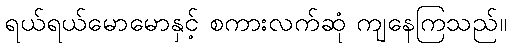
ရယ်ရယ်မောမောနှင့် စကားလက်ဆုံ ကျနေကြသည်။